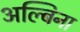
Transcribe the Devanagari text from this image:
अल्बिना